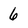
Character: 6